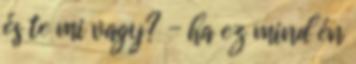
és te mi vagy? - ha ez mind én